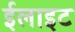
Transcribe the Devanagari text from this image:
ईलाइट